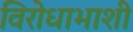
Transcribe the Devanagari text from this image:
विरोधाभाशी